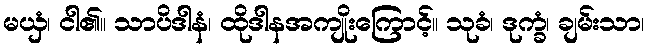
မယှံ၊ ငါ၏။ သာပိဒါနံ၊ ထိုဒါနအကျိုးကြောင့်။ သုခံ၊ ဒုက္ခံ၊ ချမ်းသာ၊